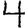
Digit: 4